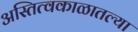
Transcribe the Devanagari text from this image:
अस्तित्वकाळातल्या